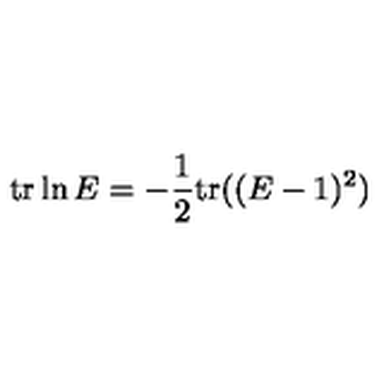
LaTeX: \mathrm { t r } \ln E = - \frac { 1 } { 2 } \mathrm { t r } ( ( E - 1 ) ^ { 2 } )